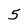
Character: 5